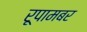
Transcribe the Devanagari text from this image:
रूपामबर